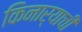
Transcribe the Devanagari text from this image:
किनार्‍याची